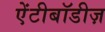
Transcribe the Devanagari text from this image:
ऐंटीबॉडीज़